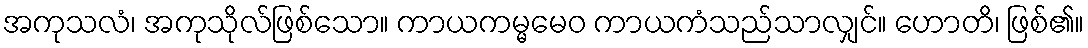
အကုသလံ၊ အကုသိုလ်ဖြစ်သော။ ကာယကမ္မမေဝ ကာယကံသည်သာလျှင်။ ဟောတိ၊ ဖြစ်၏။